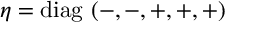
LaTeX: \eta = \mathrm { d i a g } \, \left( - , - , + , + , + \right)